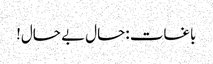
باغات :حال بے حال!